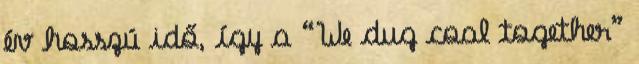
év hosszú idő, így a “We dug coal together”